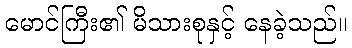
မောင်ကြီး၏ မိသားစုနှင့် နေခဲ့သည်။